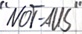
Text: "NOT-AUS"